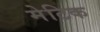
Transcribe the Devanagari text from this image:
मेटिक